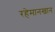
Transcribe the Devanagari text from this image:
रहेमानखान